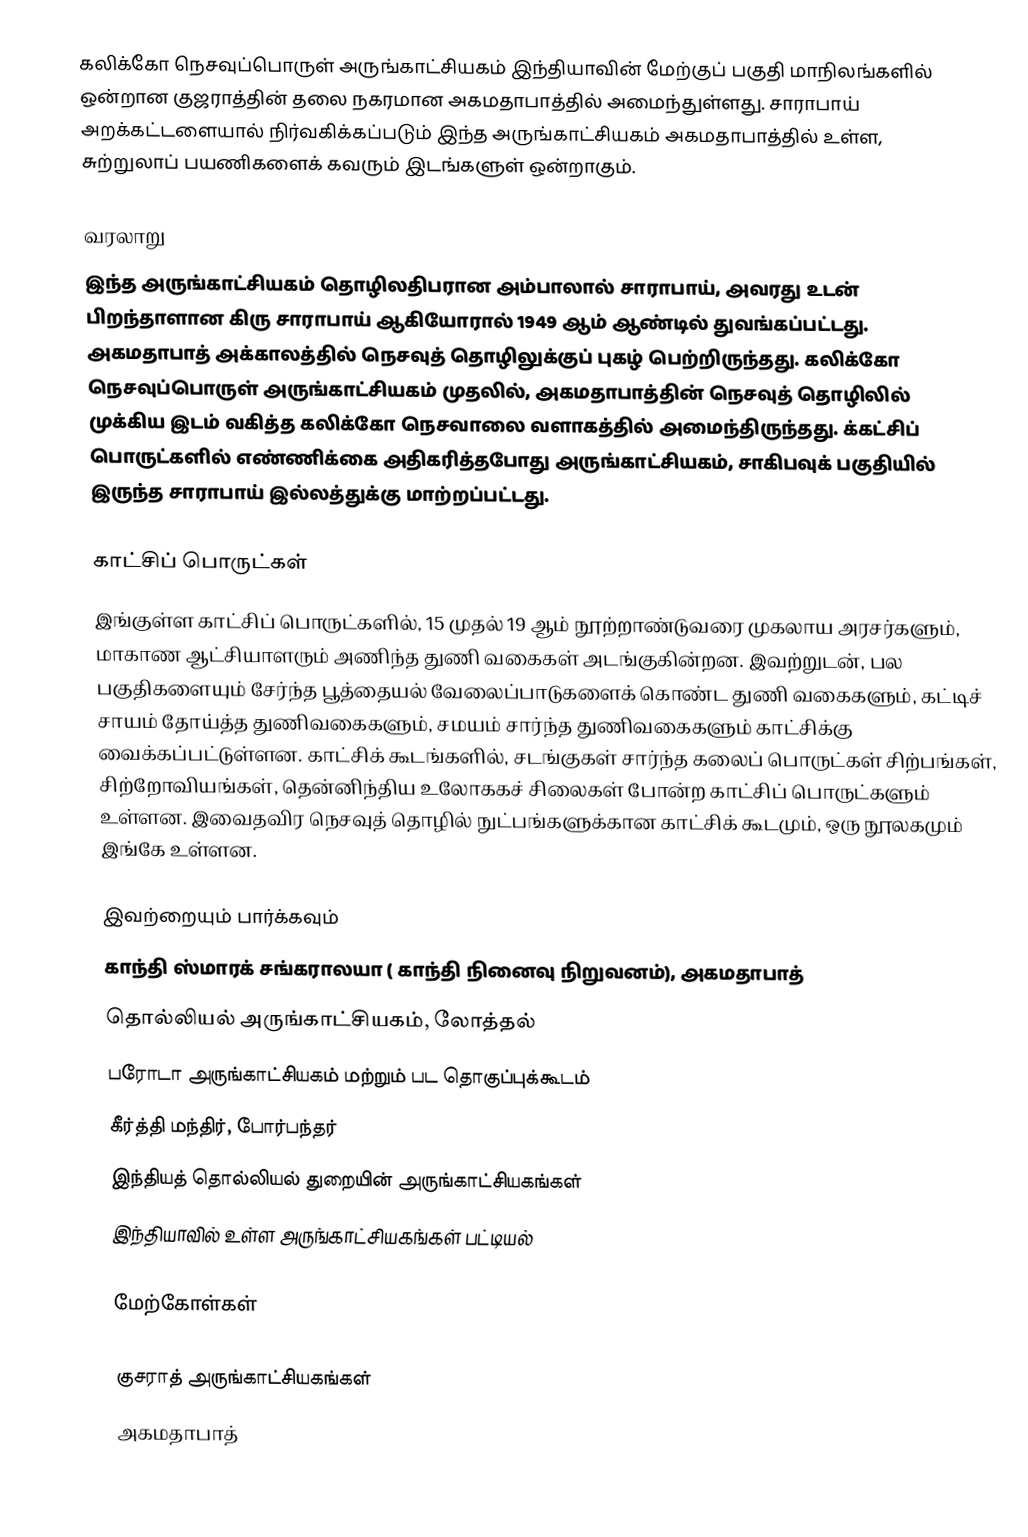
கலிக்கோ நெசவுப்பொருள் அருங்காட்சியகம் இந்தியாவின் மேற்குப் பகுதி மாநிலங்களில் ஒன்றான குஜராத்தின் தலை நகரமான அகமதாபாத்தில் அமைந்துள்ளது. சாராபாய் அறக்கட்டளையால் நிர்வகிக்கப்படும் இந்த அருங்காட்சியகம் அகமதாபாத்தில் உள்ள, சுற்றுலாப் பயணிகளைக் கவரும் இடங்களுள் ஒன்றாகும்.

வரலாறு
இந்த அருங்காட்சியகம் தொழிலதிபரான அம்பாலால் சாராபாய், அவரது உடன் பிறந்தாளான கிரு சாராபாய் ஆகியோரால் 1949 ஆம் ஆண்டில் துவங்கப்பட்டது. அகமதாபாத் அக்காலத்தில் நெசவுத் தொழிலுக்குப் புகழ் பெற்றிருந்தது. கலிக்கோ நெசவுப்பொருள் அருங்காட்சியகம் முதலில், அகமதாபாத்தின் நெசவுத் தொழிலில் முக்கிய இடம் வகித்த கலிக்கோ நெசவாலை வளாகத்தில் அமைந்திருந்தது. க்கட்சிப் பொருட்களில் எண்ணிக்கை அதிகரித்தபோது அருங்காட்சியகம், சாகிபவுக் பகுதியில் இருந்த சாராபாய் இல்லத்துக்கு மாற்றப்பட்டது.

காட்சிப் பொருட்கள்
இங்குள்ள காட்சிப் பொருட்களில், 15 முதல் 19 ஆம் நூற்றாண்டுவரை முகலாய அரசர்களும், மாகாண ஆட்சியாளரும் அணிந்த துணி வகைகள் அடங்குகின்றன. இவற்றுடன், பல பகுதிகளையும் சேர்ந்த பூத்தையல் வேலைப்பாடுகளைக் கொண்ட துணி வகைகளும், கட்டிச் சாயம் தோய்த்த துணிவகைகளும், சமயம் சார்ந்த துணிவகைகளும் காட்சிக்கு வைக்கப்பட்டுள்ளன. காட்சிக் கூடங்களில், சடங்குகள் சார்ந்த கலைப் பொருட்கள் சிற்பங்கள், சிற்றோவியங்கள், தென்னிந்திய உலோககச் சிலைகள் போன்ற காட்சிப் பொருட்களும் உள்ளன. இவைதவிர நெசவுத் தொழில் நுட்பங்களுக்கான காட்சிக் கூடமும், ஒரு நூலகமும் இங்கே உள்ளன.

இவற்றையும் பார்க்கவும்
 காந்தி ஸ்மாரக் சங்கராலயா ( காந்தி நினைவு நிறுவனம்), அகமதாபாத்
 தொல்லியல் அருங்காட்சியகம், லோத்தல்
 பரோடா அருங்காட்சியகம் மற்றும் பட தொகுப்புக்கூடம்
 கீர்த்தி மந்திர், போர்பந்தர்
 இந்தியத் தொல்லியல் துறையின் அருங்காட்சியகங்கள்
 இந்தியாவில் உள்ள அருங்காட்சியகங்கள் பட்டியல்

மேற்கோள்கள்

குசராத் அருங்காட்சியகங்கள்
அகமதாபாத்